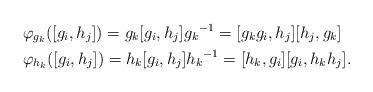
LaTeX: \begin{align*}&\varphi_{g_k}([g_i,h_j])={g_k}[g_i,h_j]{g_k}^{-1}=[g_k g_i,h_j][h_j,g_k] \\ &\varphi_{h_k}([g_i,h_j])={h_k}[g_i,h_j]{h_k}^{-1}=[h_k,g_i][g_i,h_k h_j].\end{align*}